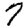
Digit: 7